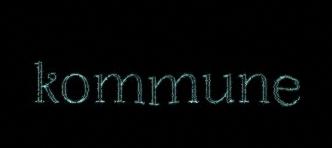
kommune